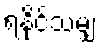
ရနိုင်သမျှ